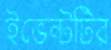
ইভেন্টটির